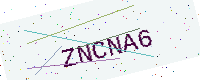
Text: ZNCNA6